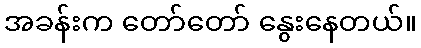
အခန်းက တော်တော် နွေးနေတယ်။